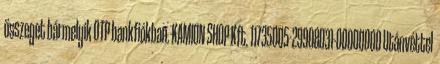
összeget bármelyik OTP bankfiókban. KAMION SHOP Kft. 11735005-29908031-00000000 Utánvéttel